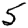
Digit: 5